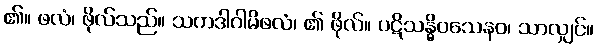
၏။ ဖလံ၊ ဖိုလ်သည်။ သကဒါဂါမိဖလံ၊ ၏ ဖိုလ်။ ပဋိသန္ဓိဝသေနဝ၊ သာလျှင်။